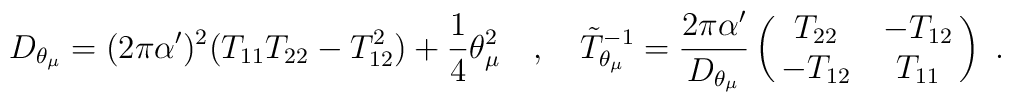
D_{\theta_{\mu}} = (2 \pi \alpha^{\prime} )^2 ( T_{11} T_{22} - T_{12}^2 )   + \frac{1}{4} \theta_{\mu}^2 ~~~ , ~~~  \tilde{T}_{\theta_{\mu}}^{-1} = \frac{2 \pi \alpha^{\prime}}  {D_{\theta_{\mu}}}   \pmatrix{T_{22} & - T_{12} \cr -T_{12} & T_{11} } ~ .